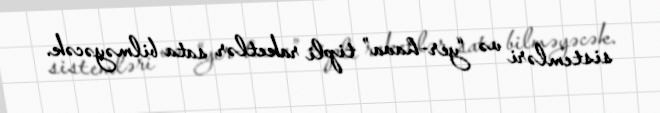
sistemləri və “yer-hava” tipli raketlər sata bilməyəcək.